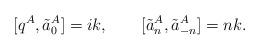
LaTeX: \begin{align*}[q^{A},\tilde a^{A}_0]=ik,\qquad [\tilde a_n^{A},\tilde a_{-n}^{A}]=nk.\end{align*}